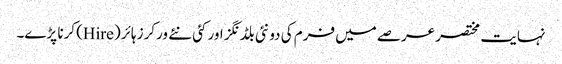
نہایت مختصر عرصے میں فرم کی دو نئی بلڈنگز اور کئی نئے ورکرز ہائر (Hire) کرنا پڑے۔